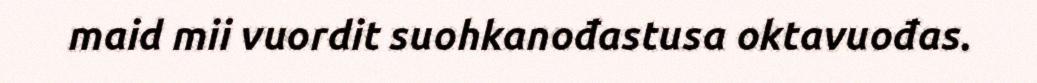
maid mii vuordit suohkanođastusa oktavuođas.